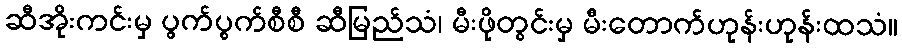
ဆီအိုးကင်းမှ ပွက်ပွက်စီစီ ဆီမြည်သံ၊ မီးဖိုတွင်းမှ မီးတောက်ဟုန်းဟုန်းထသံ။